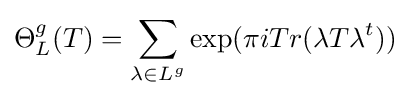
\Theta _{L}^{g}(T)=\sum _{\lambda \in L^{g}}\exp(\pi iTr(\lambda T\lambda ^{t}))